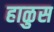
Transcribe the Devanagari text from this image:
हाळुस